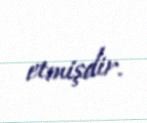
etmişdir.